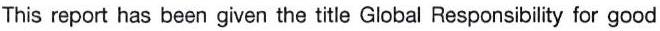
This report has been given the title Global Responsibility for good